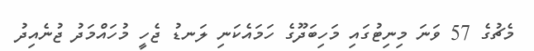
މެޗުގެ 57 ވަނަ މިނިޓުގައި މަހިބަދޫގެ ހަމައެކަނި ލަނޑު ޖެހީ މުހައްމަދު ޖުނެއިދު